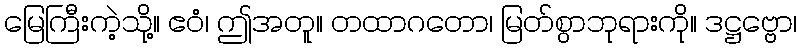
မြေကြီးကဲ့သို့။ ဧဝံ၊ ဤအတူ။ တထာဂတော၊ မြတ်စွာဘုရားကို။ ဒဋ္ဌဗ္ဗော၊